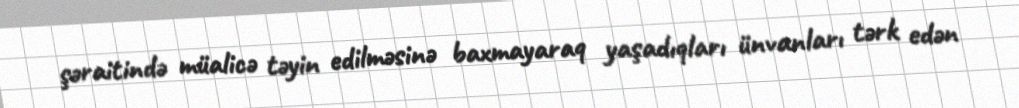
şəraitində müalicə təyin edilməsinə baxmayaraq yaşadıqları ünvanları tərk edən